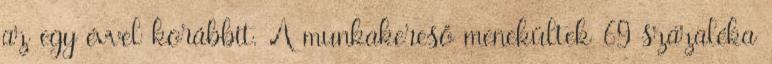
az egy évvel korábbit. A munkakereső menekültek 69 százaléka